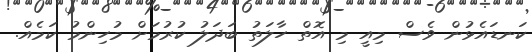
ކަނޑައެޅުން ވެސް މިއީ މި އޮތް ހާލަތު ބަދަލު ކުރުމަށް މުހިންމު ކަމެއް.